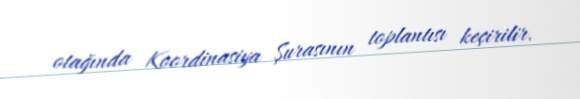
otağında Koordinasiya Şurasının toplantısı keçirilir.